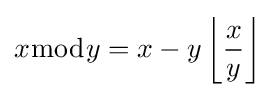
x{\bmod {y}}=x-y\left\lfloor {\frac {x}{y}}\right\rfloor